Lunatic asylums Madras 1877-1891 - 1877-1891
Year: 1877
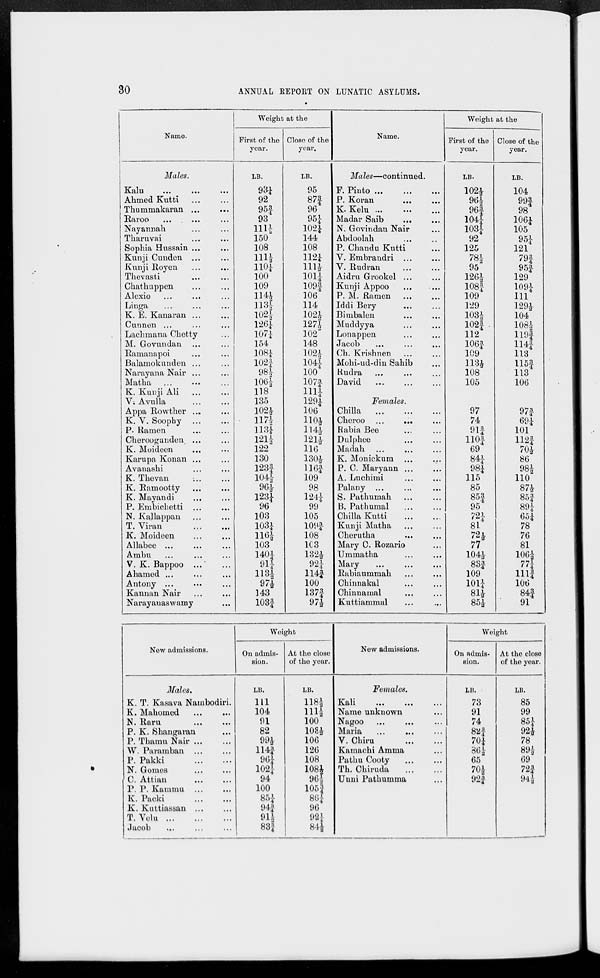
30
ANNUAL REPORT ON LUNATIC ASYLUMS.
Name.
Males.
Kalu ... ... ...
Ahmed Kutti ... ...
Thummakaran ... ...
Raroo ... ... ...
Nayannah ... ...
Tharuvai ... ...
Sophia Hussain ... ...
Kunji Cunden ... ...
Kunji Royen ... ...
Thevasti ... ...
Chathuppen ... ...
Alexio ... ... ...
Linga ... ... ...
K. E. Kanaran ... ...
Cunnen ... ... ...
Lachmana Chetty ...
M. Govundan ... ...
Ramanapoi ... ...
Balamokunden ... ...
Narayana Nair ... ...
Matha ... ... ...
K. Kunji Ali ... ...
V. Avulla ... ...
Appa Rowther ... ...
K. V. Soophy
...
...
P. Ramen ... ...
Cheroogunden ... ...
K. Moideen ... ...
Karupa Konan ... ...
Avanashi ... ...
K. Thevan ... ...
K. Ramootty ... ...
K. Mayandi ... ...
P. Embichetti ... ...
N. Kallappan ... ...
T. Viran
...
...
K. Moideen
...
...
Allabee ... ... ...
Ambu ... ... ...
V. K. Bappoo ... ...
Ahamed ... ... ...
Antony ... ... ...
Kannan Nair ... ...
Narayanaswamy ...
Weight at the
First of the
year.
LB.
93¼
92
95¾
93
111 ½
150
108
111½
110¼
100
109
114½
113½
102½
126¼
107¼
154
108¼
102¾
98½
106½
118
135
102½
117½
113¼
121½
122
130
123¾
104½
96½
123¼
96
103
103¼
116½
103
140¼
91¼
113½
97½
143
103¾
Close of the
year.
LB.
95
87¾
96
95¼
102¼
144
108
112¼
111½
101¼
109¾
106
114
102½
127½
102½
148
102½
104¼
100
107¾
111¼
129¼
106
110½
114½
121½
116
130½
116¾
109
98
124¼ 99
105
109¾
108
103
132½
92½
114¾
100
137¾
97½
Name.
Males—continued.
F. Pinto
...
...
...
P. Koran ... ...
K. Kelu ...
Madar Saib
...
...
N. Govindan Nair ...
Abdoolah ... ...
P. Chandu Kutti ...
V. Embrandri ... ...
V. Rudran ... ...
Aidru Grookel ... ...
Kunji Appoo ... ...
P. M. Ramen ... ...
Iddi Bery ... ...
Bimbalen ... ...
Muddyya ... ...
Lonappen ... ...
Jacob ... ... ...
Ch. Krishnen ... ...
Mohi-ud-din Sahib ...
Rudra ... ... ...
David ... ... ...
Females.
Chilla
...
...
...
Cheroo
...
...
Rabia Bee ... ...
Dulphee ... ...
Madah
...
...
...
K. Monickum ... ...
P. C. Maryann ... ...
A. Luchimi ... ...
Palany ... ... ...
S. Pathumah ... ...
B. Pathumal ... ...
Chilla Kutti
...
...
Kunji Matha
Cherutha
...
Mary C. Rozario ...
Ummatha ... ...
Mary
Rabiaummah ... ...
Chinnakal ... ...
Chinnamal ... ...
Kuttiammal ... ...
Weight at the
First of the
year.
LB.
102½
96½
96¾
104¼
103¼
92
125
78½
95
126½
108¾
109
129
103½
102¾
112
106¾
109
113½
108
105
97
74
91¾
110¾
69
84¼
98¼
115
85
85¾
95
72¼
81
72½
77
104½
83¾
109
101¼
81½
85½
Close of the
year.
LB.
104
99¾
98
106¼
105
95¼
121
79¾
95¾
129
109¼
111
129½
104
108½
119¾
114¾|
113
115¾
113
106
97¾
69¼
101
112¾
70½
86
98½
110
87½
85¾
89¼
65¼ 78
76
81
106½
77¼
111¾
106
84¾
91
New admissions.
Males.
K. T. Kasava Nambodiri.
K. Mahomed ... ...
N. Raru ... ...
P. K. Shangaran ...
P. Thamu Nair
...
...
W. Paramban
...
P. Pakki
...
...
N. Gomes ... ...
C. Attian ... ...
P. P. Kammu ... ...
K. Packi
...
...
K. Kuttiassan ... ...
T. Velu
...
...
...
Jacob ... ... ...
Weight
On admis-
sion.
LB.
111
104
91
82
99½
114¾
96¼
102¼
94
100
85¼
94¾
91½
83¾
At the close
of the year.
LB.
118½
111½
100
103½
106
126
108
108½
96½
105¾
86¼
96
92¼
84½
New admissions.
Females.
Kali ... ... ...
Name unknown ...
Nagoo ... ... ...
Maria ... ... ...
V. Chiru
...
...
Kamachi Amma ...
Pathu Cooty ... ...
Th. Chiruda
...
...
Unni Pathumma ...
Weight
On admis-
sion.
LB.
73
91
74
82¾
70¼
36½
65
70½
92¾
At the close
of the year.
LB.
85
99
85¼
92½
78
89½
69
72¾
94½